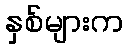
နှစ်များက